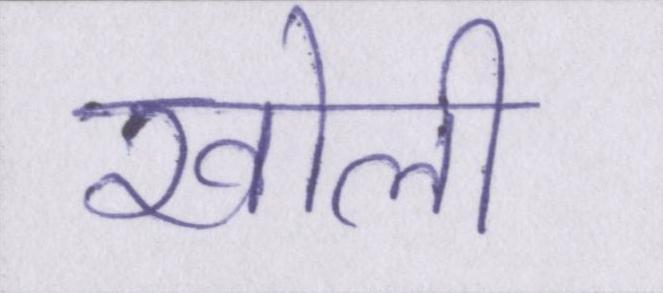
खोली